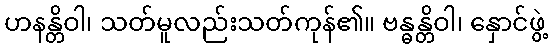
ဟနန္တိဝါ၊ သတ်မူလည်းသတ်ကုန်၏။ ဗန္ဓန္တိဝါ၊ နှောင်ဖွဲ့